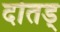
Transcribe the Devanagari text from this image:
दोतड्